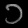
Digit: ၁